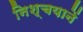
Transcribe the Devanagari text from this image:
निश्चयानें